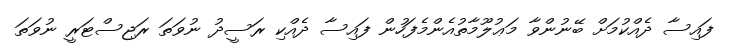
ފައިސާ ދެއްކުމަށް ބޭނުންވާ މަޢުލޫމާތުއެންމެފަހުން ފައިސާ ދެއްކި ރަސީދު ނުވަތަ ރަޖިސްޓަރީ ނުވަތަ